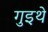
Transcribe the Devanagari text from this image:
गुइथे